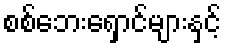
စစ်ဘေးရှောင်များနှင့်